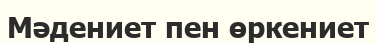
Мәдениет пен өркениет